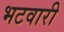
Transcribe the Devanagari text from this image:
भटवारी